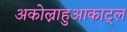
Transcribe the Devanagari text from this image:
अकोल्नाहुआकाट्ल